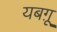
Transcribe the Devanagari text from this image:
यबग़ू